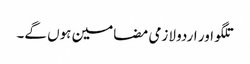
تلگو اور اردو لازمی مضامین ہوں گے۔